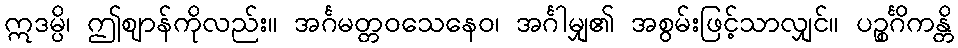
ဣဒမ္ပိ၊ ဤဈာန်ကိုလည်း။ အင်္ဂမတ္တဝသေနေဝ၊ အင်္ဂါမျှ၏ အစွမ်းဖြင့်သာလျှင်။ ပဉ္စင်္ဂိကန္တိ